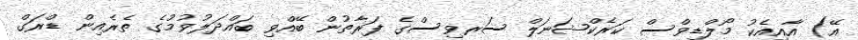
އޭ) އާއިއެކު މޯލްޑިވްސް ކަރެކްޝަނަލް ސަރވިސްގެ ފަރާތުން ބޭއްވި ބައްދަލުވުމުގެ ތެރެއިން ޑްރަގް